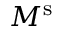
M ^ { \mathrm { s } }